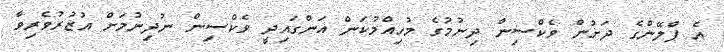
އެ ޕްލޭންގެ ދަށުން ވެކްސިން ދިނުމުގެ މުހިއްމުކަން އަންގައިދީ ވެކްސިން ނުދިނުމަށް އުޒުރުވެރިވާ